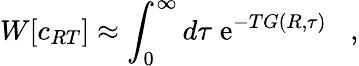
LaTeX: W[c_{RT}]\approx\int_{0}^{\infty}d\tau\; \mathrm{e}^{-TG(R,\tau)}\; \; \; ,